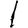
Digit: 1